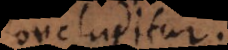
concluditur.